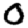
Digit: 0